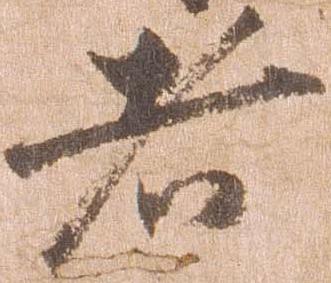
者